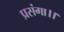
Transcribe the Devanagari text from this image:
प्रसंगा।।